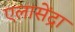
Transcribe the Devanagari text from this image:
एलासेंद्रा